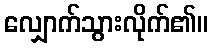
လျှောက်သွားလိုက်၏။